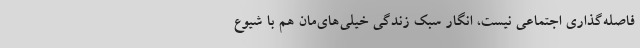
فاصله‌گذاری اجتماعی نیست، انگار سبک زندگی خیلی‌های‌مان هم با شیوع